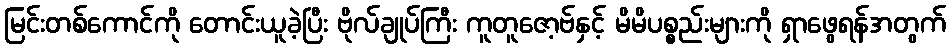
မြင်းတစ်ကောင်ကို တောင်းယူခဲ့ပြီး ဗိုလ်ချုပ်ကြီး ကူတူဇော့ဗ်နှင့် မိမိပစ္စည်းများကို ရှာဖွေရန်အတွက်